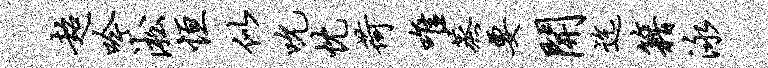
超吟淞恒似吮忱荷唯蒸要开迄籍泳